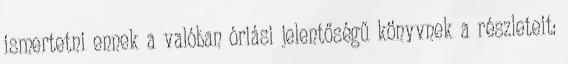
ismertetni ennek a valóban óriási jelentőségű könyvnek a részleteit: